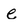
Character: e